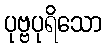
ပုဗ္ဗပုရိသော